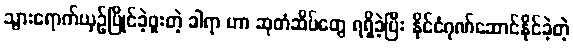
သွားရောက်ယှဉ်ပြိုင်ခဲ့ဖူးတဲ့ ခါရာ ဟာ ဆုတံဆိပ်တွေ ရရှိခဲ့ပြီး နိုင်ငံဂုဏ်ဆောင်နိုင်ခဲ့တဲ့